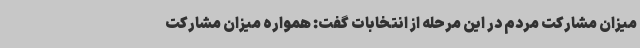
میزان مشارکت مردم در این مرحله از انتخابات گفت: همواره میزان مشارکت